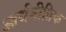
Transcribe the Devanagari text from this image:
आर्थनीतिक